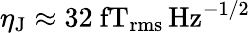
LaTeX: \eta_{\mathrm{J}}\approx 32~\mathrm{fT_{rms}\, Hz^{-1/2}}